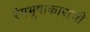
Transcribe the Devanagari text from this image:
रंगभूषाकाराची